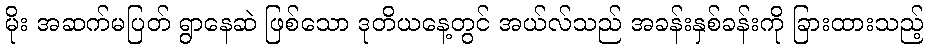
မိုး အဆက်မပြတ် ရွာနေဆဲ ဖြစ်သော ဒုတိယနေ့တွင် အယ်လ်သည် အခန်းနှစ်ခန်းကို ခြားထားသည့်